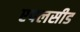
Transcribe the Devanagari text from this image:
एपलसीड